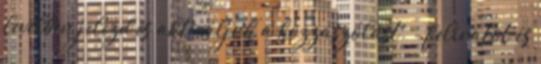
levélben jelezd és aktiváljuk a hozzászólást. - feliratot és